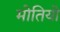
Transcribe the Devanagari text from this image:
मोतियो